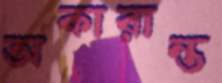
অকারান্ত